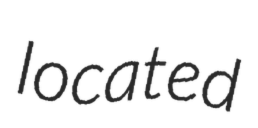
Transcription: located